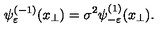
\psi _ { \varepsilon } ^ { ( - 1 ) } ( x _ { \perp } ) = \sigma ^ { 2 } \psi _ { - \varepsilon } ^ { ( 1 ) } ( x _ { \perp } ) .